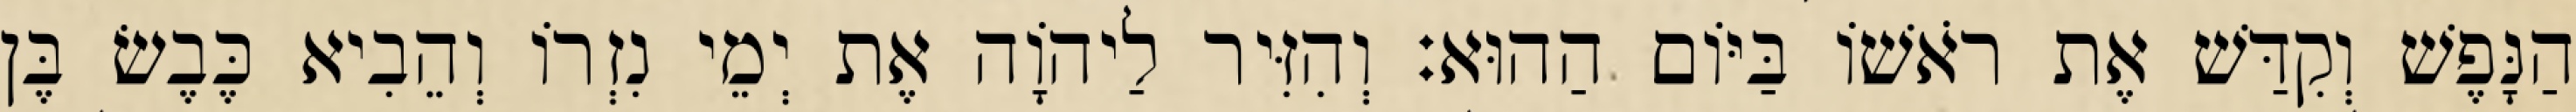
הַנָּפֶשׁ וְקִדַּשׁ אֶת רֹאשׁוֹ בַּיּוֹם הַהוּא׃ וְהִזִּיר לַיהוָֹה אֶת יְמֵי נִזְרוֹ וְהֵבִיא כֶּבֶשׂ בֶּן